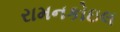
રામનકોઇલ